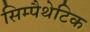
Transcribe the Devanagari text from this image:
सिम्पैथेटिक